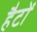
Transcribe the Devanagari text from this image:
हैटों